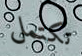
تكتمل